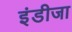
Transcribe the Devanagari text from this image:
इंडीजा